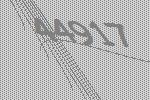
44917